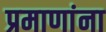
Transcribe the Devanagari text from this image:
प्रमाणांना